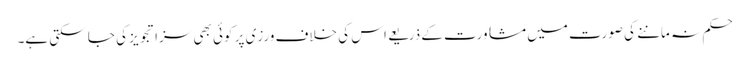
حکم نہ ماننے کی صورت میں مشاورت کے ذریعے اس کی خلاف ورزی پر کوئی بھی سزا تجویز کی جا سکتی ہے۔